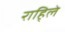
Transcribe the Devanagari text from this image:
राहि्ले